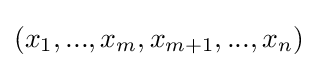
(x_{1},...,x_{m},x_{m+1},...,x_{n})